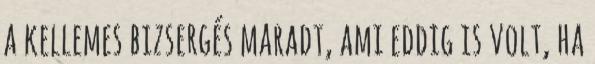
a kellemes bizsergés maradt, ami eddig is volt, ha